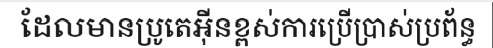
ដែលមានប្រូតេអ៊ីនខ្ពស់ការប្រើប្រាស់ប្រព័ន្ធ